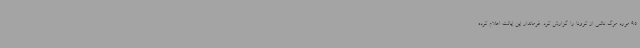
95 مورد مرگ ناشی از کرونا را گزارش کرد. فرماندار این ایالت اعلام کرده